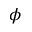
\phi